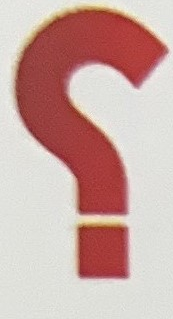
؟